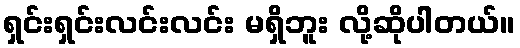
ရှင်းရှင်းလင်းလင်း မရှိဘူး လို့ဆိုပါတယ်။